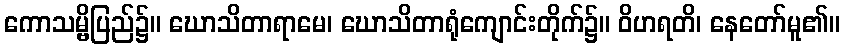
ကောသမ္ဗိပြည်၌။ ဃောသိတာရာမေ၊ ဃောသိတာရုံကျောင်းတိုက်၌။ ဝိဟရတိ၊ နေတော်မူ၏။